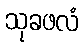
သုခဖလံ